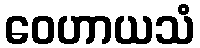
ဝေဟာယသံ